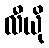
လီယို